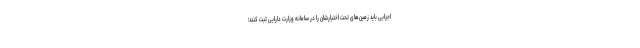
اجرایی باید زمین‌های تحت اختیارشان را در سامانه وزارت دارایی ثبت کنند؛